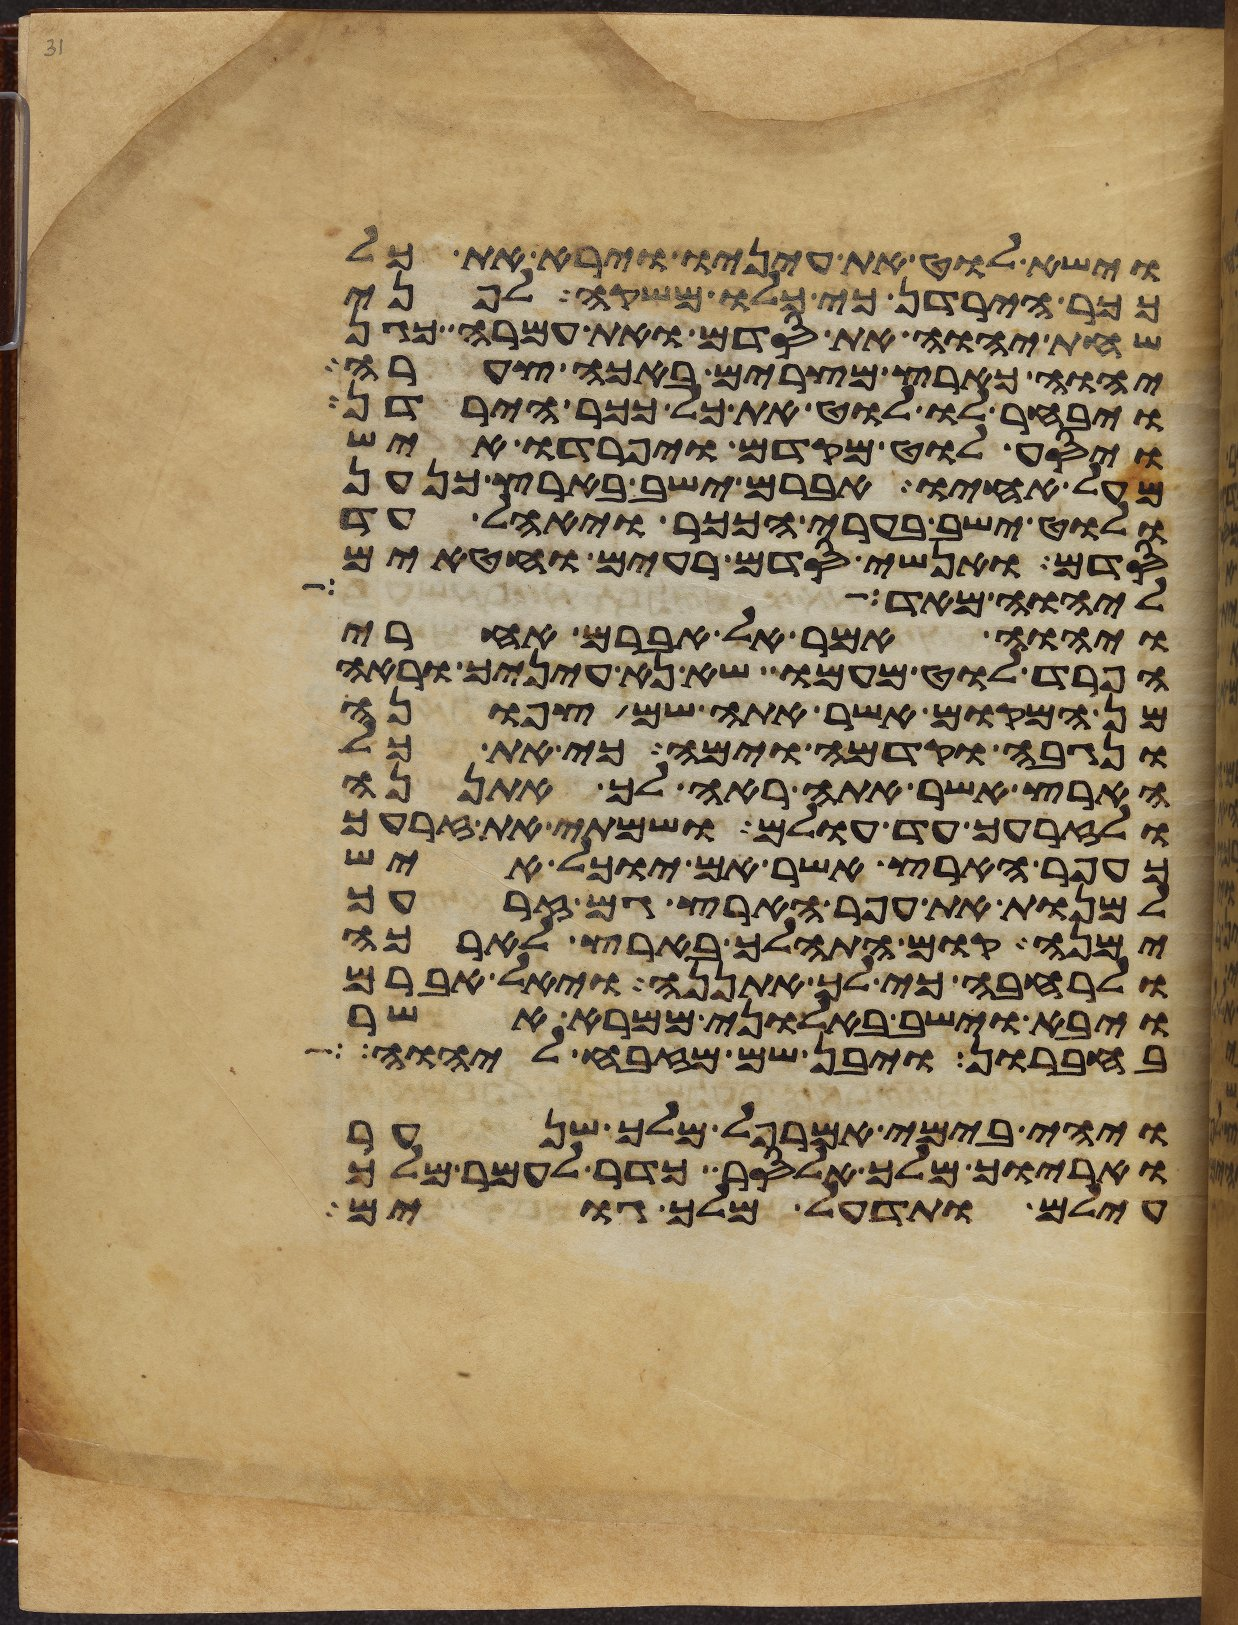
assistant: וישא לוט את עיניו וירא את כל
ככר הירדן כי כלו משקה לפני
שחת יהוה את סדם ואת עמרה כגן
יהוה כארץ מצרים באכה צערה
ויבחר לו לוט את כל ככר הירדן
ויסע לוט מקדם ויפרדו איש
מעל אחיו אברם ישב בארץ כנען
ולוט ישב בערי הככר ויאהל עד
סדם ואנשי סדם רעים וחטאים
ליהוה מאד
ויהוה אמר אל אברם אחרי
הפרד לוט מעמו שא נא עיניך וראה
מן המקום אשר אתה שם צפונה
ונגבה וקדמה וימה כי את כל
הארץ אשר אתה ראה לך אתננה
ולזרעך עד עולם ושמתי את זרעך
כעפר הארץ אשר אם יוכל איש
למנות את עפר הארץ גם זרעך
ימנה קום התהלך בארץ לארכה
ולרחבה כי לך אתננה ויאל אברם
ויבא וישב באלוני ממרא אשר
בחברון ויבן שם מזבח ליהוה
ויהי בימי אמרפל מלך שנער
ואריוך מלך אלסר כדר לעמר מלך
עילם ותדעל מלך גוים